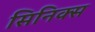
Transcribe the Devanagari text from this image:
सिनिक्स